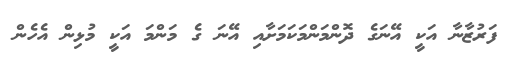
ފަރުޒާނާ އަކީ އޭނަގެ ދޮންމަންމަކަމަށާއި އޭނަ ގެ މަންމަ އަކީ މުޅިން އެހެން